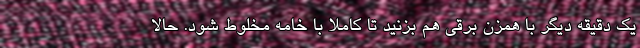
یک دقیقه دیگر با همزن برقی هم بزنید تا کاملا با خامه مخلوط شود. حالا